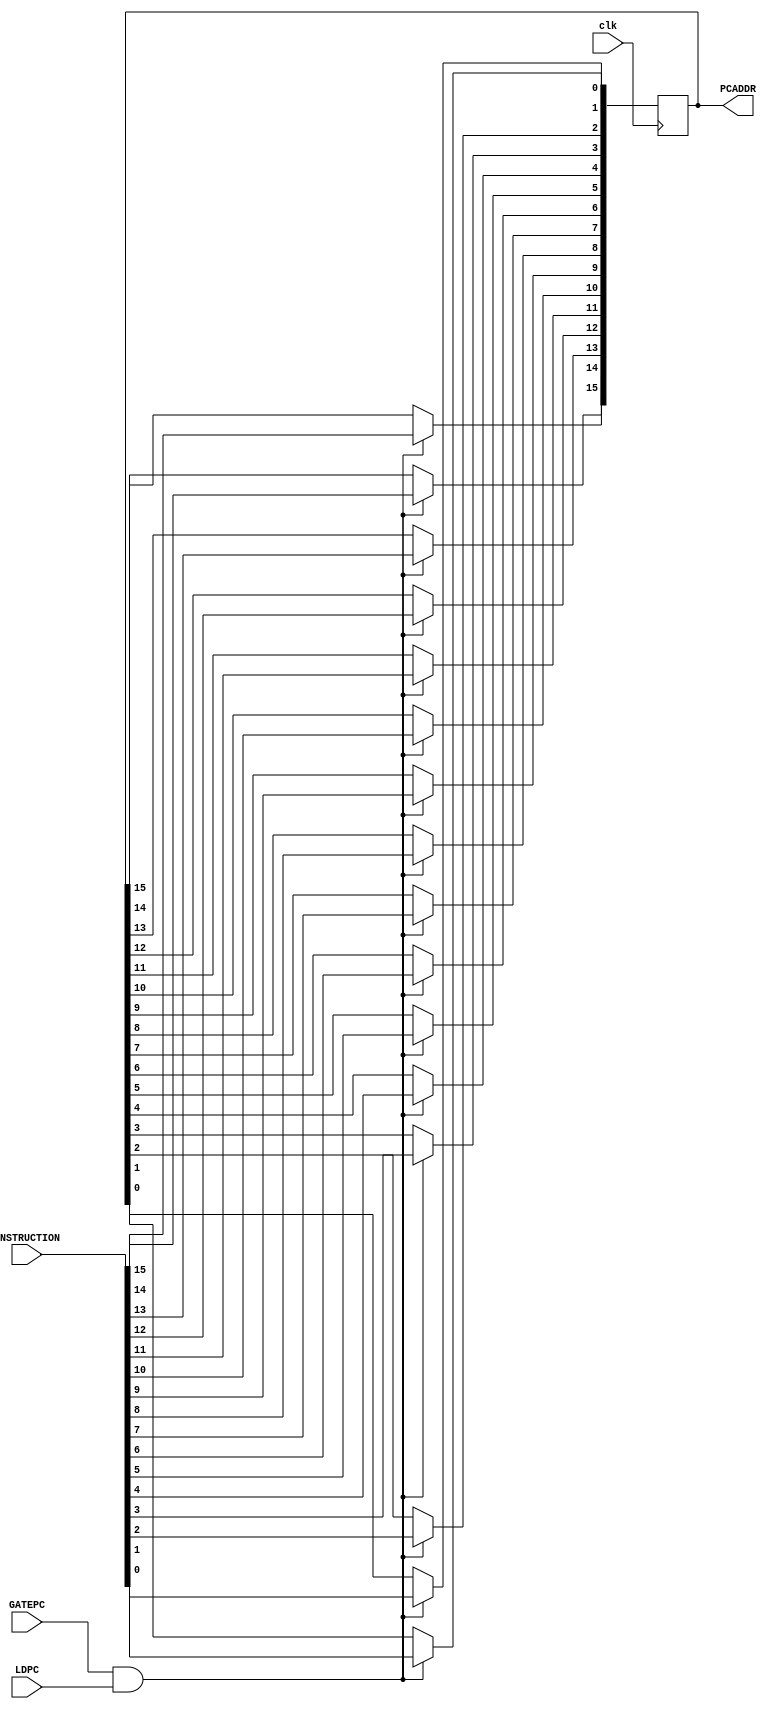
`ifndef _PC_v_
`define _PC_v_



module PC(clk, INSTRUCTION, LDPC, GATEPC, PCADDR);
input clk;
input[15:0] INSTRUCTION;
input LDPC;
input GATEPC;
output reg[15:0]PCADDR; //chosen output for PC
integer i;

always@(posedge clk)
   begin
	if(GATEPC == 1 && LDPC == 1) begin
		for(i = 0; i < 16; i = i +1) PCADDR[i] <= INSTRUCTION[i];
		end
   end
endmodule

`endif